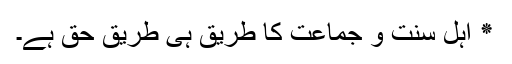
٭ اہل سنت و جماعت کا طریق ہی طریق حق ہے۔